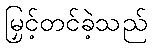
မြှင့်တင်ခဲ့သည်